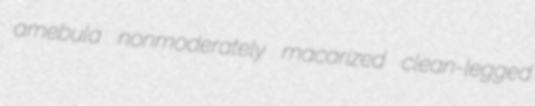
amebula nonmoderately macarized clean-legged